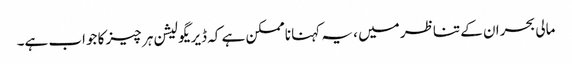
مالی بحران کے تناظر میں ، یہ کہنا ناممکن ہے کہ ڈیریگولیشن ہر چیز کا جواب ہے۔